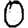
Digit: 0